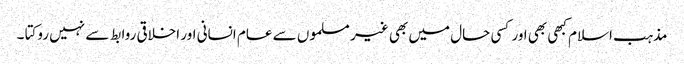
مذہب اسلام کبھی بھی اور کسی حال میں بھی غیر مسلموں سے عام انسانی اور اخلاقی روابط سے نہیں روکتا ۔